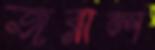
জরাল